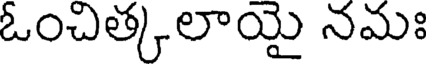
ఓంచిత్కలాయై నమః